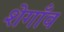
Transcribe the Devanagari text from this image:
शेगाँव